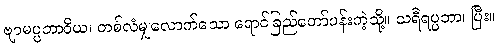
ဗျာမပ္ပဘာဝိယ၊ တစ်လံမျှလောက်သော ရောင်ခြည်တော်ပန်းကဲ့သို့။ သရီရပ္ပဘာ၊ ပြီး။